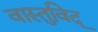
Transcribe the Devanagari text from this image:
वास्‍तुविद्